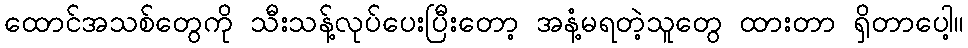
ထောင်အသစ်တွေကို သီးသန့်လုပ်ပေးပြီးတော့ အနံ့မရတဲ့သူတွေ ထားတာ ရှိတာပေါ့။